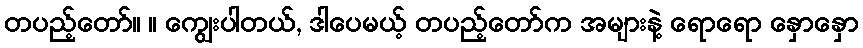
တပည့်တော်။ ။ ကျွေးပါတယ်, ဒါပေမယ့် တပည့်တော်က အများနဲ့ ရောရော နှောနှော